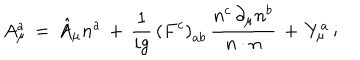
A _ { \mu } ^ { a } \, = \, \hat { A } _ { \mu } n ^ { a } \, + \, \frac { 1 } { i g } \, \left( F ^ { c } \right) _ { a b } \, \frac { n ^ { c } \, \partial _ { \mu } n ^ { b } } { n \cdot n } \, + \, Y _ { \mu } ^ { a } \, ;